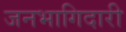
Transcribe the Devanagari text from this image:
जनभागिदारी